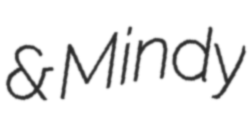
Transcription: & Mindy